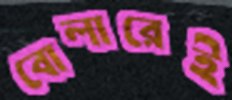
বোলারেই